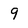
Character: 9